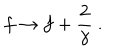
f \rightarrow f + \frac { 2 } { \gamma } ~ .